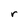
Character: r